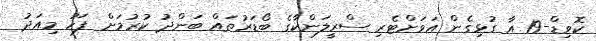
ކޮވިޑް-19 އާ ގުޅިގެން އަވަށްޓެރި ސްރީލަންކާގެ ބޯޑަރުތައް ބަންދު ކުރުމަށް ފަހު މިއަދު